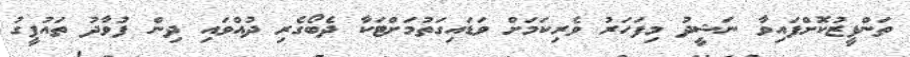
ތަންފީޒުކޮށްފައިވާ ނަޝީދު މިފަހަރު ވެރިކަމަށް ވަޑައިގަތުމަށްޓަކާ ދެބޯގެރި ދުއްވައި ދިން ފުވާދު ތައުފީގު